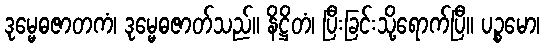
ဒုမ္မေဓဇာတကံ၊ ဒုမ္မေဓဇာတ်သည်။ နိဋ္ဌိတံ၊ ပြီးခြင်းသို့ရောက်ပြီ။ ပဉ္စမော၊